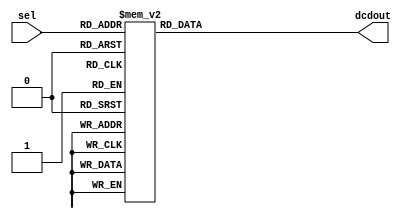
// Omar Amer
// 08-09-2021
// 3 X 8 Decoder

module dcd3x8 (
    input      [2:0] sel,
    output reg [7:0] dcdout
);
    
    always @(sel) begin

            case(sel)
                0: dcdout = 8'b00000001;
                1: dcdout = 8'b00000010;
                2: dcdout = 8'b00000100;
                3: dcdout = 8'b00001000;
                4: dcdout = 8'b00010000;
                5: dcdout = 8'b00100000;
                6: dcdout = 8'b01000000;
                7: dcdout = 8'b10000000;
                default: dcdout = 8'b0;
            endcase
        
    end

endmodule